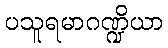
ပသူရမာဂဏ္ဍိယာ